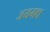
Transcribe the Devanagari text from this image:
जयमध